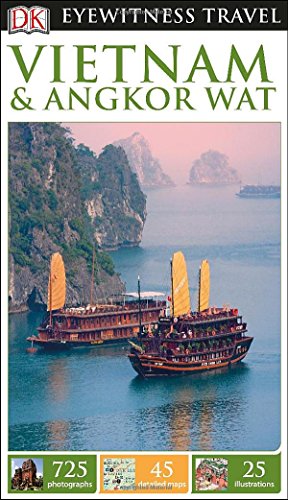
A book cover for DK Eyewitness Travel Guide: Vietnam and Angkor Wat; DK Publishing; Travel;